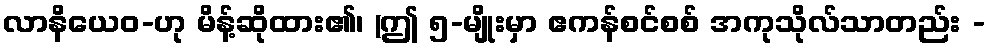
လာနိယေဝ-ဟု မိန့်ဆိုထား၏၊ (ဤ ၅-မျိုးမှာ ဧကန်စင်စစ် အကုသိုလ်သာတည်း -